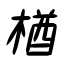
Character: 楢